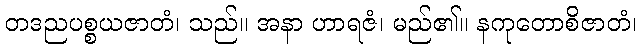
တဒညပစ္စယဇာတံ၊ သည်။ အနာ ဟာရဇံ၊ မည်၏။ နကုတောစိဇာတံ၊